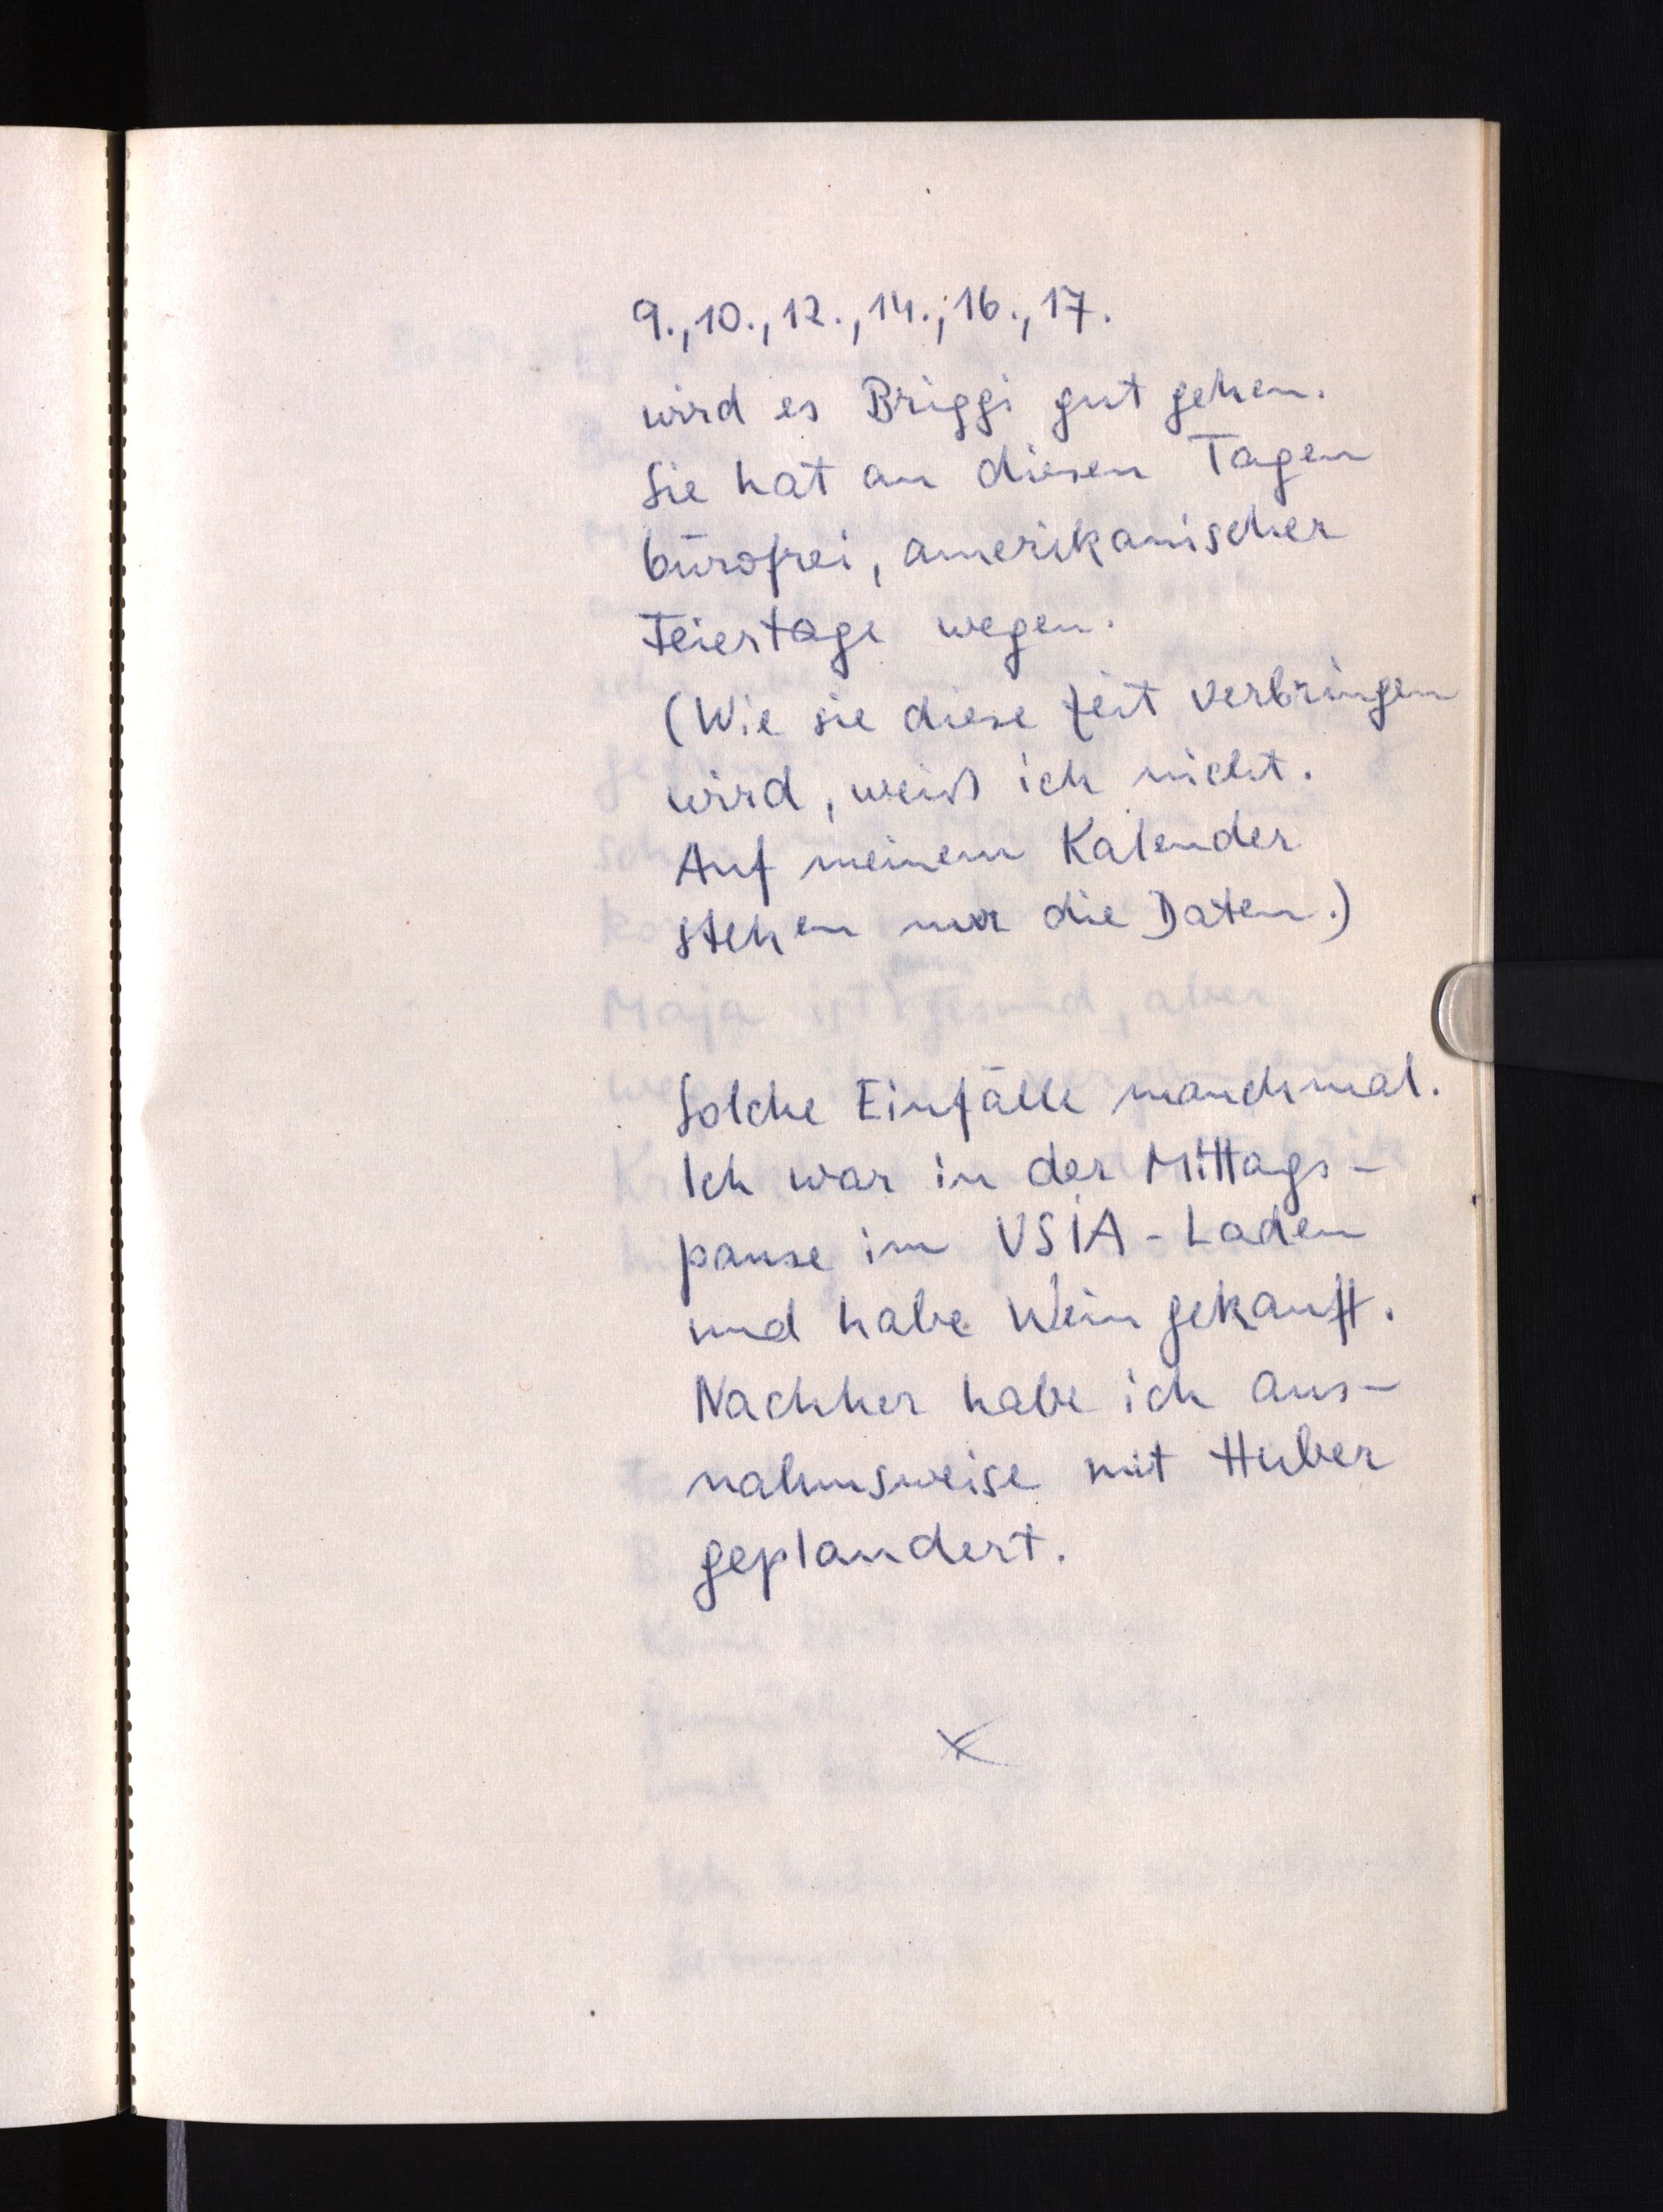
9., 10., 12., 14., 16., 17.
wird es Briggi gut gehen.
Sie hat an diesen Tagen
bürofrei, amerikanischer
Feiertage wegen.
(Wie sie diese Zeit verbringen
wird, weiß ich nicht.
Auf meinem Kalender
stehen nur die Daten.)
Solche Einfälle manchmal.
Ich war in der Mittags¬
pause im USiA-Laden
und habe Wein gekauft.
Nachher habe ich aus¬
nahmsweise mit Huber
geplaudert.